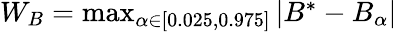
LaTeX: \begin{array}{r}{W_{B}=\operatorname*{max}_{\alpha\in[0.025,0.975]}|B^{*}-B_{\alpha}|}\end{array}